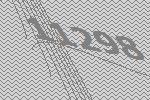
11298